Insane asylums in Bengal annual reports 1876-1887 - 1876-1887
Year: 1876
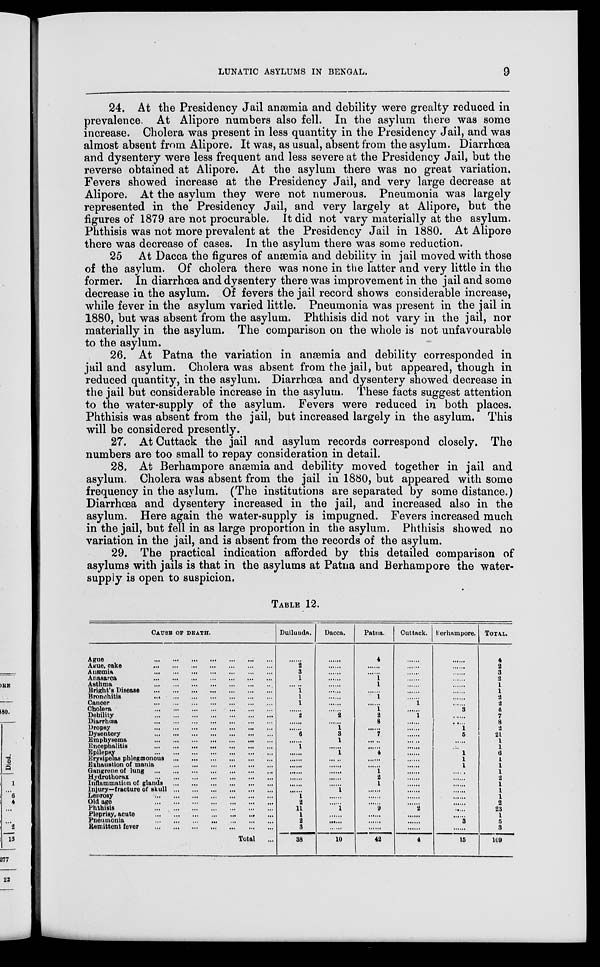
LUNATIC ASYLUMS IN BENGAL.
9
24. At the Presidency Jail anæmia and debility were grealty reduced in
prevalence. At Alipore numbers also fell. In the asylum there was some
increase. Cholera was present in less quantity in the Presidency Jail, and was
almost absent from Alipore. It was, as usual, absent from the asylum. Diarrhœa
and dysentery were less frequent and less severe at the Presidency Jail, but the
reverse obtained at Alipore. At the asylum there was no great variation.
Fevers showed increase at the Presidency Jail, and very large decrease at
Alipore. At the asylum they were not numerous. Pneumonia was largely
represented in the Presidency Jail, and very largely at Alipore, but the
figures of 1879 are not procurable. It did not vary materially at the asylum.
Phthisis was not more prevalent at the Presidency Jail in 1880. At Alipore
there was decrease of cases. In the asylum there was some reduction.
25 At Dacca the figures of anæmia and debility in jail moved with those
of the asylum. Of cholera there was none in the latter and very little in the
former. In diarrhœa and dysentery there was improvement in the jail and some
decrease in the asylum. Of fevers the jail record shows considerable increase,
while fever in the asylum varied little. Pneumonia was present in the jail in
1880, but was absent from the asylum. Phthisis did not vary in the jail, nor
materially in the asylum. The comparison on the whole is not unfavourable
to the asylum.
26. At Patna the variation in anæmia and debility corresponded in
jail and asylum. Cholera was absent from the jail, but appeared, though in
reduced quantity, in the asylum. Diarrhœa and dysentery showed decrease in
the jail but considerable increase in the asylum. These facts suggest attention
to the water-supply of the asylum. Fevers were reduced in both places.
Phthisis was absent from the jail, but increased largely in the asylum. This
will be considered presently.
27. At Cuttack the jail and asylum records correspond closely. The
numbers are too small to repay consideration in detail.
28. At Berhampore anæmia and debility moved together in jail and
asylum. Cholera was absent from the jail in 1880, but appeared with some
frequency in the asylum. (The institutions are separated by some distance.)
Diarrhœa and dysentery increased in the jail, and increased also in the
asylum. Here again the water-supply is impugned. Fevers increased much
in the jail, but fell in as large proportion in the asylum. Phthisis showed no
variation in the jail, and is absent from the records of the asylum.
29. The practical indication afforded by this detailed comparison of
asylums with jails is that in the asylums at Patna and Berhampore the water-
supply is open to suspicion.
TABLE 12.
CAUSE OF DEATH.
Ague
...
...
...
...
...
...
...
Ague, cake
...
...
...
...
...
...
...
Anæmia
...
...
...
...
...
...
...
Anasarca
...
...
...
...
...
...
...
Asthma
...
...
...
...
...
...
...
Bright's Disease
...
...
...
...
...
...
...
Bronchitis
...
...
...
...
...
...
...
Cancer
...
...
...
...
...
...
...
Cholera
...
...
...
...
...
...
...
Debility
...
...
...
...
...
...
...
Diarrhœa
...
...
...
...
...
...
...
Dropsy
...
...
...
...
...
...
...
Dysentery
...
...
...
...
...
...
...
Emphysema
...
...
...
...
...
...
...
Encephalitis
...
...
...
...
...
...
...
Epilepsy
...
...
...
...
...
...
...
Erysipelas phlegmonous
...
...
...
...
...
...
Exhaustion of mania
...
...
...
...
...
...
...
Gangrene of lung
...
...
...
...
...
...
...
Hydrothorax
...
...
...
...
...
...
...
Inflammation of glands
...
...
...
...
...
...
Injury—fracture of skull
...
...
...
...
...
Leprosy
...
...
...
...
...
...
...
Old age
...
...
...
...
...
...
...
Phthisis
...
...
...
...
...
...
...
Pleprisy, acute
...
...
...
...
...
...
...
Pneumonia
...
...
...
...
...
...
...
Remittent fever
...
...
...
...
...
...
...
Total ...
Dullunda.
......
2
3
1
... ..
1
1
1
......
2
......
......
6
......
1
......
......
......
......
......
......
......
1
2
11
1
2
3
38
Dacca.
......
......
......
......
......
......
......
......
......
2
......
1
3
1
......
1
......
......
......
......
......
1
......
......
1
......
......
10
Patna.
4
......
......
1
1
......
1
......
1
2
8
......
7
... ..
......
4
......
......
1
2
1
......
......
......
9
......
......
......
42
Cuttack.
......
......
......
......
......
......
......
1
......
1
......
......
......
......
......
......
......
......
......
......
......
......
......
......
2
......
......
......
4
Berhampore.
......
......
......
......
......
......
......
......
3
......
......
1
5
......
......
1
1
1
......
......
......
......
......
......
.....
......
3
......
15
TOTAL.
4
2
3
2
1
1
2
2
4
7
8
2
21
1
1
6
1
1
1
2
1
1
1
2
23
1
5
3
109